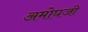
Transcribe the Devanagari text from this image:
अमोघजी